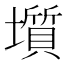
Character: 𡒻